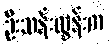
ဦးသန်းထွန်းက